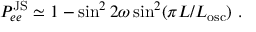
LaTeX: P _ { e e } ^ { \mathrm { J S } } \simeq 1 - \sin ^ { 2 } 2 \omega \sin ^ { 2 } ( \pi L / L _ { \mathrm { o s c } } ) \ .